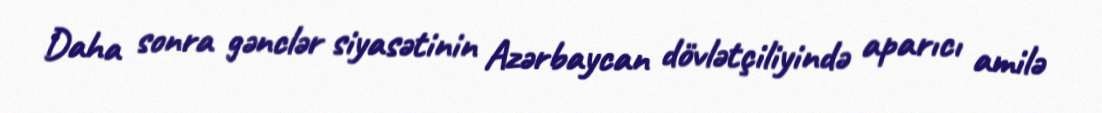
Daha sonra gənclər siyasətinin Azərbaycan dövlətçiliyində aparıcı amilə